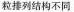
粒列结构不同